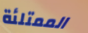
الممتلئة